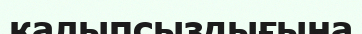
қалыпсыздығына